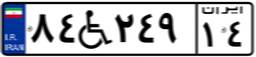
۸۴W۲۴۹۱۴